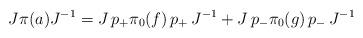
LaTeX: \begin{align*} {J}\pi(a) {J}^{-1}= {J}\, p_+\pi_0(f) \,p_+\, {J}^{-1} + {J}\, p_-\pi_0(g)\, p_-\,{J}^{-1}\end{align*}